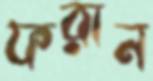
ফরান